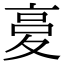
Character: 𡕨